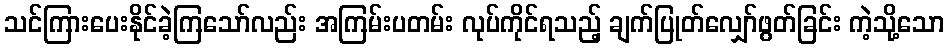
သင်ကြားပေးနိုင်ခဲ့ကြသော်လည်း အကြမ်းပတမ်း လုပ်ကိုင်ရသည့် ချက်ပြုတ်လျှော်ဖွတ်ခြင်း ကဲ့သို့သော